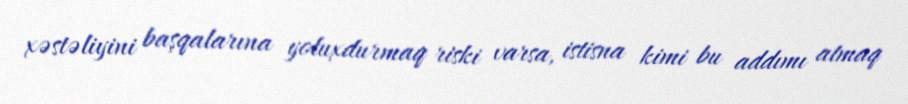
xəstəliyini başqalarına yoluxdurmaq riski varsa, istisna kimi bu addımı atmaq